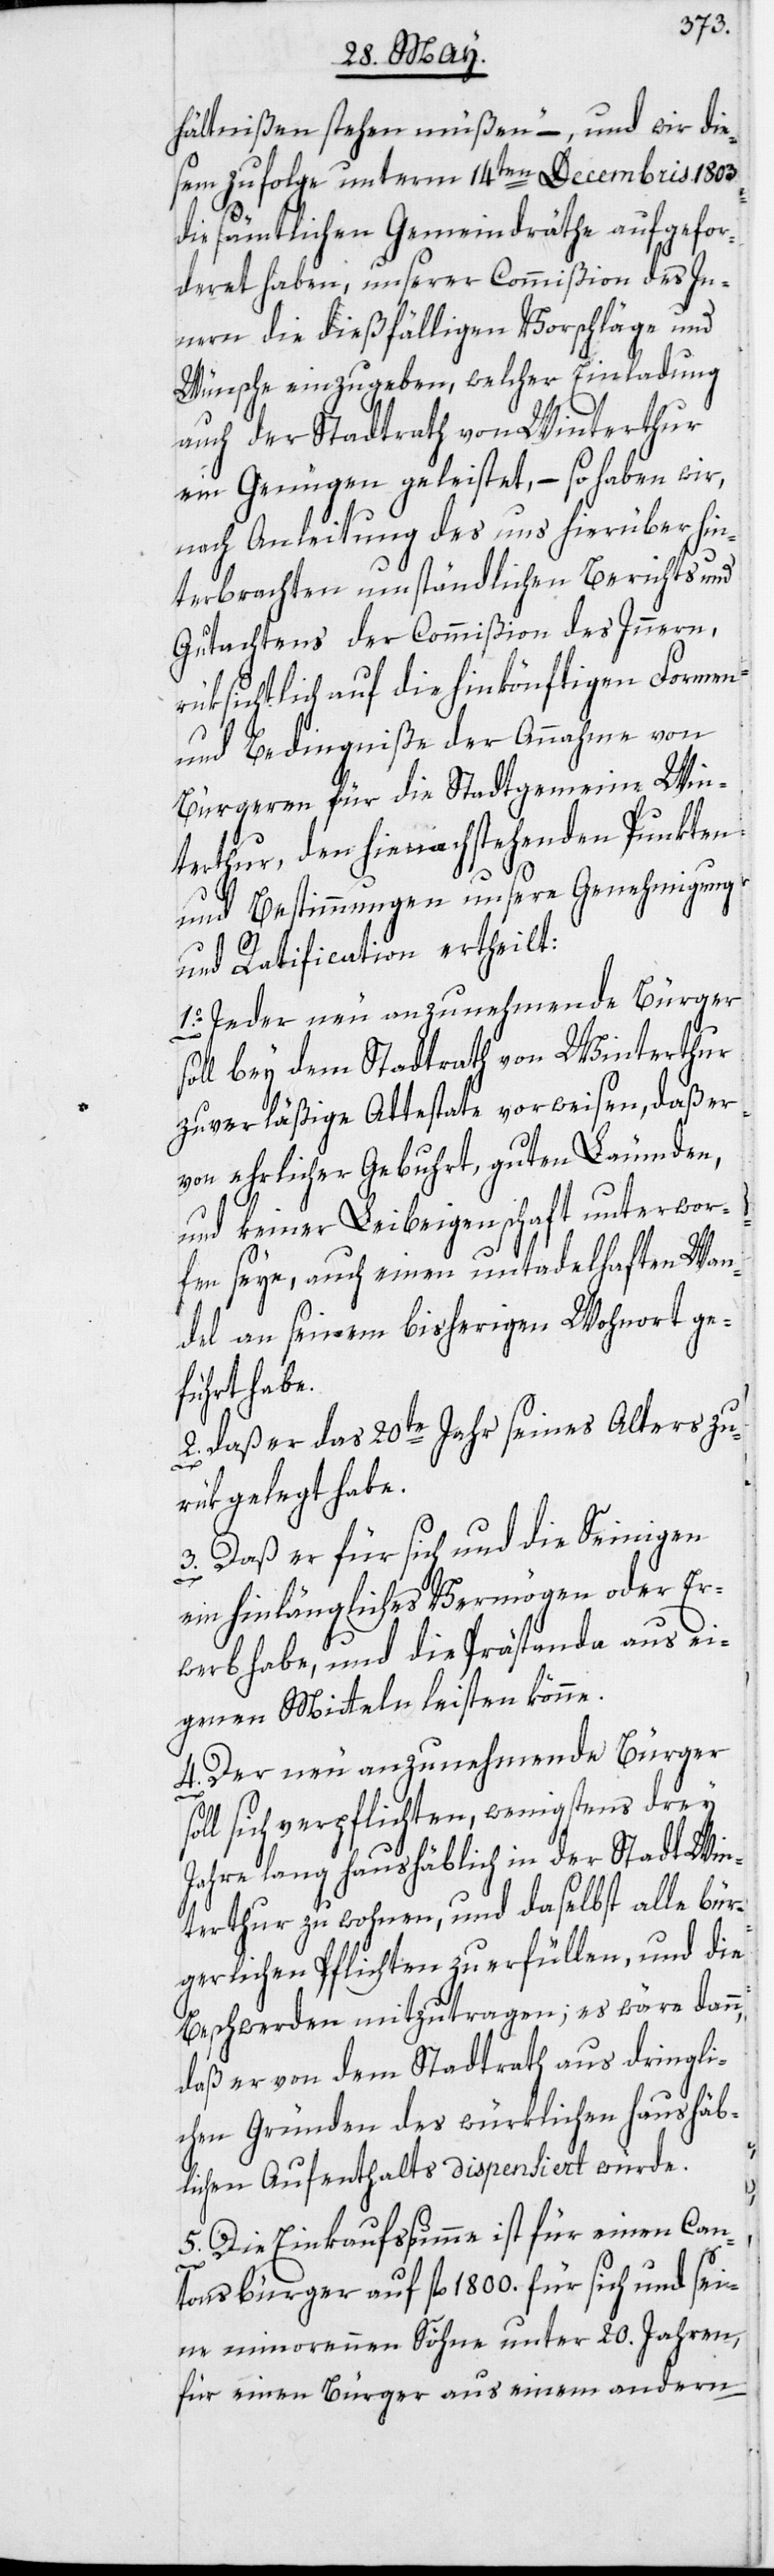
hältnißen stehen müßen“ –, und wir dies¬
em zufolge unterm 14ten Decembris 1803.
die sämtlichen Gemeindräthe aufgefor¬
deret haben, unserer Commißion des In¬
nern die dießfälligen Vorschläge und
Wünsche einzugeben, welcher Einladung
auch der Stadtrath von Winterthur
ein Genügen geleistet, – so haben wir,
nach Anleitung des uns hierüber hin¬
terbrachten umständlichen Berichts und
Gutachtens der Commißion des Innern,
rüksichtlich auf die hinkönftigen Formen
und Bedingniße der Annahme von
Bürgeren für die Stadtgemein[d]e Win¬
terthur, den hienachstehenden Punkten
und Bestimmungen unsere Genehmigung
und Ratification ertheilt:
1o. Jeder neu anzunehmende Bürger
soll bey dem Stadtrath von Winterthur
zuverläßige Attestate vorweisen, daß er
von ehrlicher Gebuhrt, guten Leumden,
und keiner Leibeigenschaft unterwor¬
fen seye, auch einen untadelhaften Wan¬
del an seinem bisherigen Wohnort ge¬
führt habe.
2. Daß er das 20te Jahr seines Alters zu¬
rükgelegt habe.
3. Daß er für sich und die Seinigen
ein hinlängliches Vermögen oder Er¬
werb habe, und die Prästanda aus ei¬
genen Mitteln leisten könne.
4. Der neu anzunehmende Bürger
oll sich verpflichten, wenigstens drey
Jahre lang haushäblich in der Stadt Win¬
terthur zu wohnen, und daselbst alle bür¬
gerlichen Pflichten zu erfüllen, und die
Beschwerden mitzutragen; es wäre dann,
daß er von dem Stadtrath aus dringli¬
chen Gründen des würklichen haushäb¬
lichen Aufenthalts dispensiert würde.
5. Die Einkaufssumme ist für einen Can¬
tonsbürger auf fl. 1800. für sich und sei¬
ne minorennen Söhne unter 20. Jahren,
für einen Bürger aus einem andern

s¬